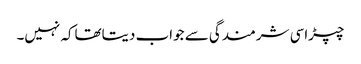
چپڑاسی شرمندگی سے جواب دیتاتھاکہ نہیں۔